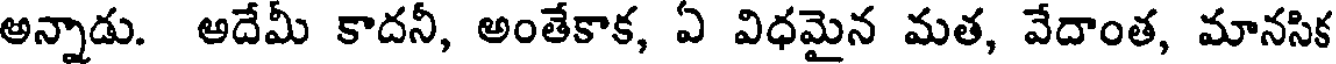
అన్నాడు. అదేమీ కాదనీ, అంతేకాక, ఏ విధమైన మత, వేదాంత, మానసిక